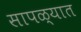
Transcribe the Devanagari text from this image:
सापळ्यात